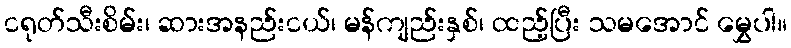
ငရုတ်သီးစိမ်း၊ ဆားအနည်းငယ်၊ မန်ကျည်းနှစ်၊ ထည့်ပြီး သမအောင် မွှေပါ။